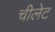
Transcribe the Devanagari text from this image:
चीलेट